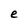
Character: e